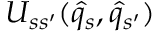
{ U } _ { s s ^ { \prime } } ( \hat { q } _ { s } , \hat { q } _ { s ^ { \prime } } )